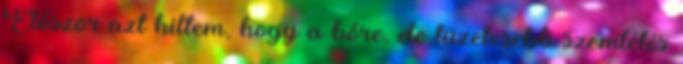
Először azt hittem, hogy a bőre, de tüzetesebb szemlélés